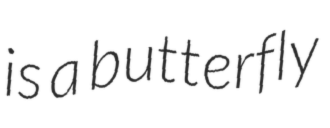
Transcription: is a butterfly